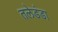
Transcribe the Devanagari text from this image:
तलेडंडा